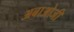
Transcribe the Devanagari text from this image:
अबाओजी